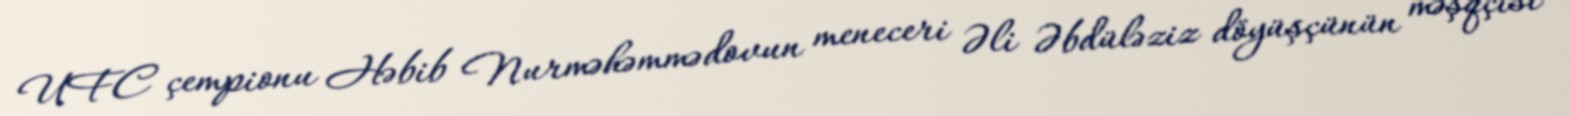
UFC çempionu Həbib Nurməhəmmədovun meneceri Əli Əbdüləziz döyüşçünün məşqçisi